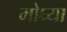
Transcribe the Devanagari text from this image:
मोघ्या